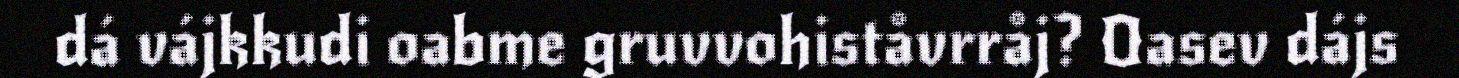
dá vájkkudi oabme gruvvohiståvrråj? Oasev dájs